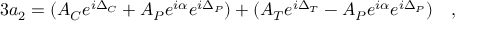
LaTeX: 3 a _ { 2 } = ( A _ { C } e ^ { i \Delta _ { C } } + A _ { P } e ^ { i \alpha } e ^ { i \Delta _ { P } } ) + ( A _ { T } e ^ { i \Delta _ { T } } - A _ { P } e ^ { i \alpha } e ^ { i \Delta _ { P } } ) ~ ~ ~ ,